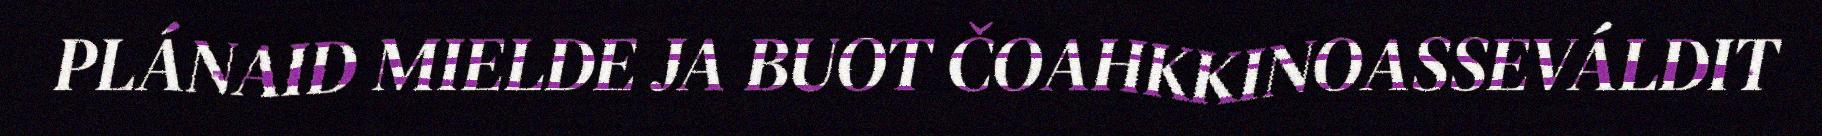
PLÁNAID MIELDE JA BUOT ČOAHKKINOASSEVÁLDIT